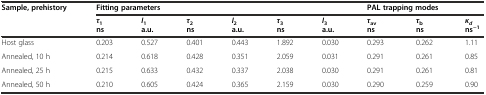
| <ROWSPAN=2> Sample, prehistory | <COLSPAN=6> Fitting parameters | <COLSPAN=3> PAL trapping modes |
 | τ1ns | I1a.u. | τ2ns | I2a.u. | τ3ns | I3a.u. | τavns | τbns | κdns−1 |
 | --- | --- | --- | --- | --- | --- | --- | --- | --- | --- |
 | Host glass | 0.203 | 0.527 | 0.401 | 0.443 | 1.892 | 0.030 | 0.293 | 0.262 | 1.11 |
 | Annealed, 10 h | 0.214 | 0.618 | 0.428 | 0.351 | 2.059 | 0.031 | 0.291 | 0.261 | 0.85 |
 | Annealed, 25 h | 0.215 | 0.633 | 0.432 | 0.337 | 2.038 | 0.030 | 0.291 | 0.261 | 0.81 |
 | Annealed, 50 h | 0.210 | 0.605 | 0.424 | 0.365 | 2.159 | 0.030 | 0.290 | 0.259 | 0.90 |